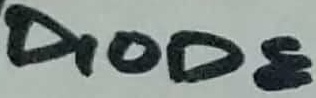
Text: DIODE